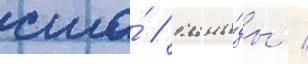
сша́ / кана́ды /